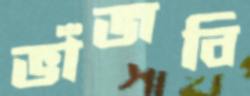
ভাঁজবি